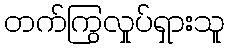
တက်ကြွလှုပ်ရှားသူ